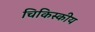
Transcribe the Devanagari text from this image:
चिकिस्कीय